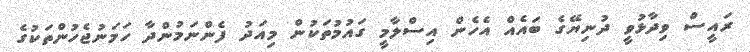
ރައީސް ވިދާޅުވީ ދުނިޔޭގެ ބައެއް އެހެން އިސްލާމީ ގައުމުތަކުން މިއަދު ފެންނަމުންދާ ހަމަނުޖެހުންތަކުގެ